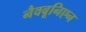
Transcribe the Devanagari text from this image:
नैवबूनिएन